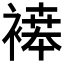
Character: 𬡪